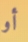
أو